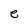
Character: e